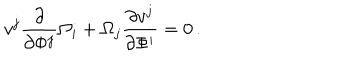
LaTeX: v ^ { j } \frac { \partial } { \partial \Phi ^ { j } } \Omega _ { i } + \Omega _ { j } \frac { \partial v ^ { j } } { \partial \Phi ^ { i } } = 0 \, .